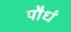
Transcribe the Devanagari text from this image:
पौधं